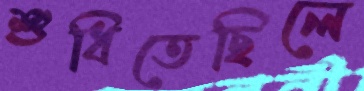
শুধিতেছিলে